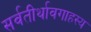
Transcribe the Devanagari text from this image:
सर्वतीर्थावगाहस्य